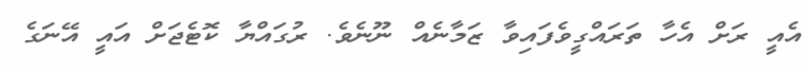
އެއީ ރަށް އެހާ ތަރައްގީވެފައިވާ ޒަމާނެއް ނޫނެވެ. ރުގައްޔާ ކޮޓެޖަށް އައީ އޭނަގެ